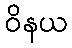
ဝိနယ